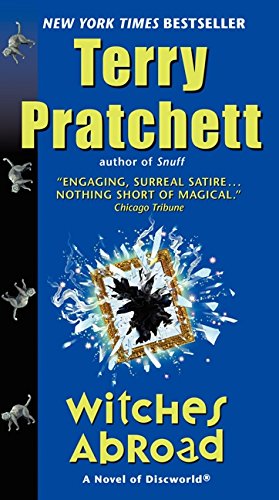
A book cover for Witches Abroad (Discworld); Terry Pratchett; Science Fiction & Fantasy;